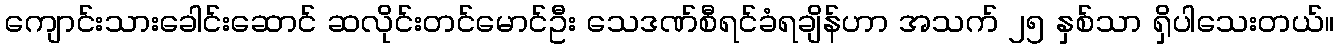
ကျောင်းသားခေါင်းဆောင် ဆလိုင်းတင်မောင်ဦး သေဒဏ်စီရင်ခံရချိန်ဟာ အသက် ၂၅ နှစ်သာ ရှိပါသေးတယ်။